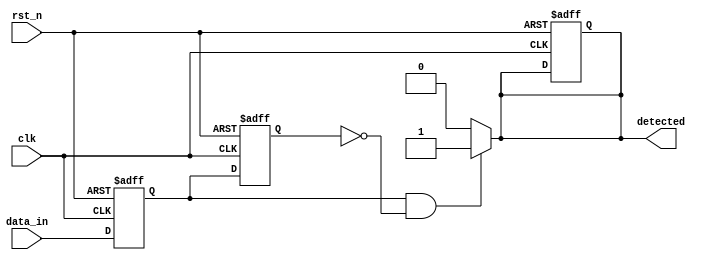
module dual_ff_detector (
    input wire clk,          // Clock signal
    input wire rst_n,       // Asynchronous active-low reset
    input wire data_in,     // Primary input signal
    output reg detected      // Output signal indicating detection
);

    // Internal signals for the flip-flops
    reg ff1, ff2;

    // Asynchronous reset and flip-flop behavior
    always @(posedge clk or negedge rst_n) begin
        if (!rst_n) begin
            ff1 <= 1'b0;  // Reset ff1
            ff2 <= 1'b0;  // Reset ff2
            detected <= 1'b0; // Reset output
        end else begin
            ff1 <= data_in; // Capture input signal in ff1
            ff2 <= ff1;     // Capture the previous state in ff2
        end
    end

    // Detection logic
    always @(*) begin
        // Example detection logic: Detect rising edge
        if (ff1 && !ff2) begin
            detected = 1'b1; // Rising edge detected
        end else begin
            detected = 1'b0; // No detection
        end
    end

endmodule